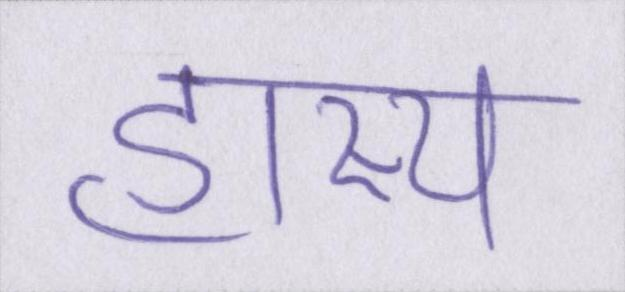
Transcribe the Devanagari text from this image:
हास्य